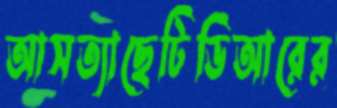
আসত্যাছেটিডিআরের